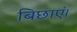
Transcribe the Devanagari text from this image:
बिछाएं।